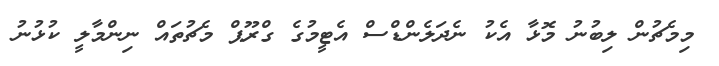
މިމެޗުން ލިބުނު މޮޅާ އެކު ނެދަލެންޑްސް އެޓީމުގެ ގްރޫޕް މެޗުތައް ނިންމާލީ ކުޅުނު